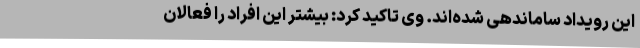
این رویداد ساماندهی شده‌اند. وی تاکید کرد: بیشتر این افراد را فعالان